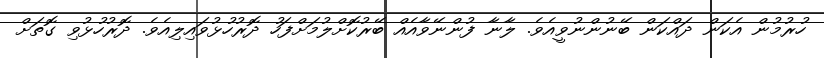
ހުރުމުން އެކަން ދައްކަން ބޭނުންނުވީއެވެ. ލާނާ ފުންނޭވާއެއް ބޭރުކޮށްލުމަށްފަހު ދޮރުހުޅުވައިލިއެވެ. ދޮރުހުޅުވި ގޮތަށް